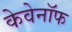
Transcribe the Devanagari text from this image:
केवेनॉफ